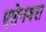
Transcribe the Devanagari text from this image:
एलेनबरा